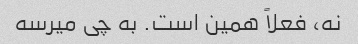
نه، فعلاً همین است. به چی میرسه